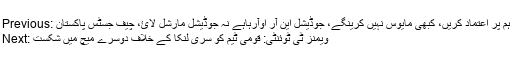
Previous: ہم پر اعتماد کریں، کبھی مایوس نہیں کرینگے، جوڈیشل این آر اوآرہاہے نہ جوڈیشل مارشل لائ، چیف جسٹس پاکستان
Next: ویمنز ٹی ٹوئنٹی: قومی ٹیم کو سری لنکا کے خلاف دوسرے میچ میں شکست